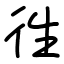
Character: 徃